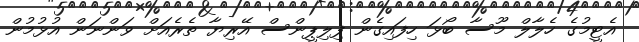
އެޓީމުގެ ހެލާލް މޫސާ ބޯޅަ ހިފައިގެން ފިލިޕީންސް އޭރިޔާ ތެރެއަށް ވަންނަން އުޅުމުން